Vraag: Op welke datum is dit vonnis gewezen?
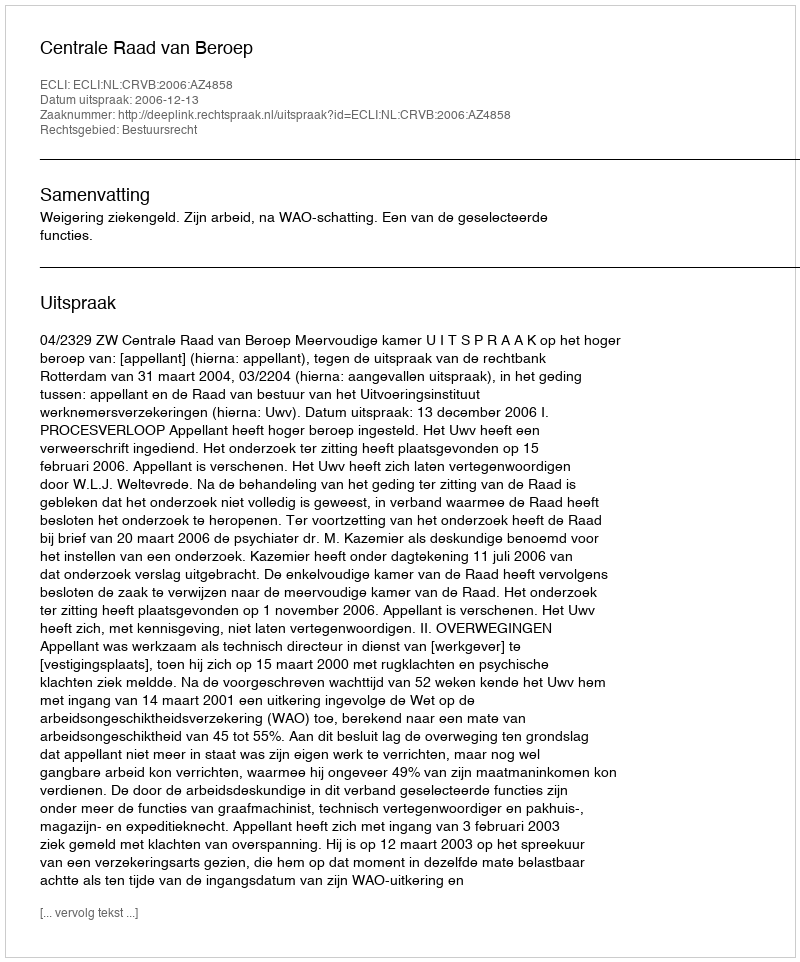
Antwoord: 2006-12-13